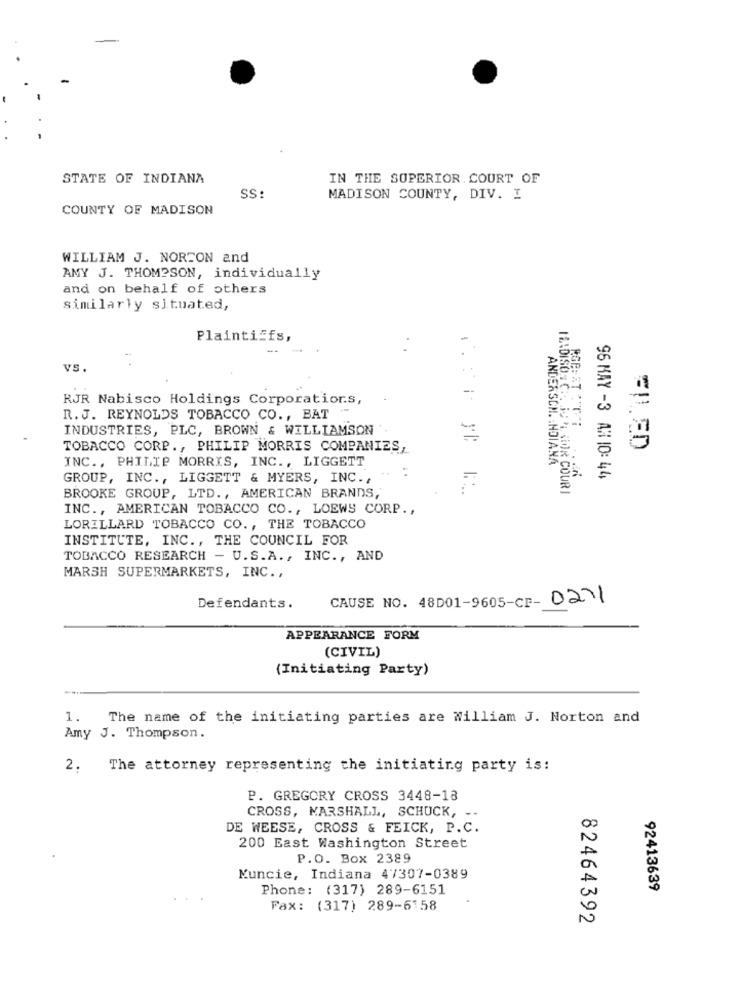
STATE OF INDIANA
IN THE SUPERIOR COURT OF
SS:
MADISON COUNTY, DIV. I
COUNTY OF MADISON
WILLIAM J. NORTON and
AMY J. THOMPSON, individually
and on behalf of others
similarly situated,
Plaintiffs,
1 .
VS.
RJR Nabisco Holdings Corporation.s,
1.
R. J. REYNOLDS TOBACCO CO ., BAT ""
INDUSTRIES, PLC, BROWN & WILLIAMSON
TOBACCO CORP ., PHILIP MORRIS COMPANIES,
INC ., PHILIP MORRIS, INC ., LIGGETT
ANDERSCH. INDIANA
GROUP, INC ., LIGGETT & MYERS, INC .,
96 MAY -3 AH 10: 44
MADISON C :, JOTA, SIOR COURI
BROOKE GROUP, LTD ., AMERICAN BRANDS,
INC ., AMERICAN TOBACCO CO ., LOEWS CORP .,
LORILLARD TOBACCO CO ., THE TOBACCO
INSTITUTE, INC ., THE COUNCIL FOR
TOBACCO RESEARCH - U.S.A ., INC ., AND
MARSH SUPERMARKETS, INC .,
CAUSE NO. 48001-9605-CF- 0211
Defendants.
APPEARANCE FORM
(CIVIL)
(Initiating Party)
1.
The name of the initiating parties are William J. Norton and
Amy J. Thompson.
2.
The attorney representing the initiating party is:
P. GREGORY CROSS 3448-18
CROSS, MARSHALL, SCHUCK, --
DE WEESE, CROSS & FEICK, P.C.
200 East Washington Street
P.O. Box 2389
Kuncie, Indiana 47307-0389
Phone: (317) 289-6151
92413639
Fax: (317) 289-6158
82464392